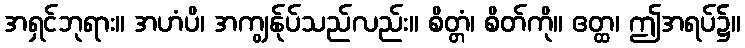
အရှင်ဘုရား။ အဟံပိ၊ အကျွန်ုပ်သည်လည်း။ စိတ္တံ၊ စိတ်ကို။ ဧတ္ထ၊ ဤအရပ်၌။